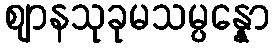
ဈာနသုခုမသမ္ပန္နော